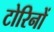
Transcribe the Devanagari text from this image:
टोरिनों